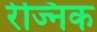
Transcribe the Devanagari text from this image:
रेज्निक